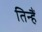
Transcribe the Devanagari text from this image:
तिन्‍हैं